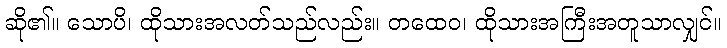
ဆို၏။ သောပိ၊ ထိုသားအလတ်သည်လည်း။ တထေဝ၊ ထိုသားအကြီးအတူသာလျှင်။